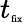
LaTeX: t_{\tiny{\textrm{fix}}}